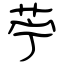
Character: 苧